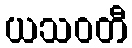
ယသဝတီ